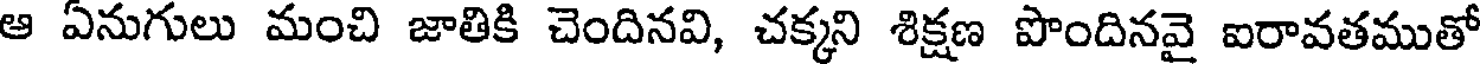
ఆ ఏనుగులు మంచి జాతికి చెందినవి, చక్కని శిక్షణ పొందినవై ఐరావతముతో